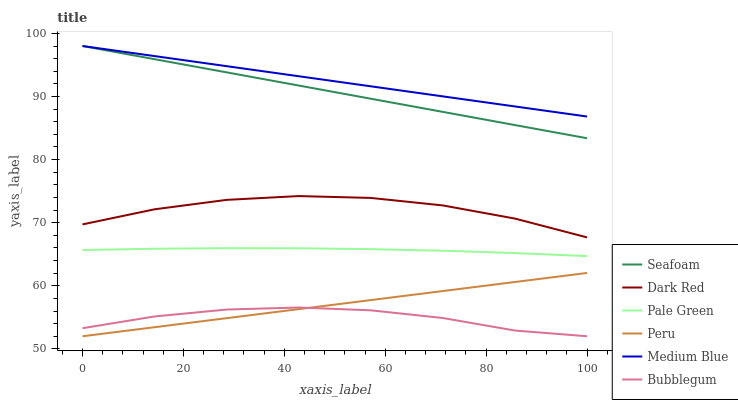
| xaxis_label | Seafoam | Dark Red | Pale Green | Peru | Medium Blue | Bubblegum |
 | --- | --- | --- | --- | --- | --- | --- |
 | 0 | 98 | 69.7 | 65.7 | 52 | 98 | 53.3 |
 | 14.3 | 95.9 | 72.1 | 65.9 | 53.4 | 96.4 | 55.1 |
 | 28.6 | 93.8 | 73.6 | 66 | 54.9 | 94.8 | 56.2 |
 | 42.9 | 91.7 | 74.2 | 65.9 | 56.3 | 93.2 | 56.6 |
 | 57.1 | 89.6 | 73.9 | 65.8 | 57.7 | 91.6 | 56.1 |
 | 71.4 | 87.6 | 72.7 | 65.6 | 59.2 | 90 | 54.9 |
 | 85.7 | 85.5 | 70.6 | 65.2 | 60.6 | 88.4 | 52.9 |
 | 100 | 83.4 | 67.7 | 64.7 | 62 | 86.8 | 52 |